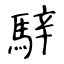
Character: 騂